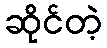
ဆိုင်တဲ့